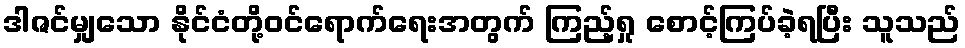
ဒါဇင်မျှသော နိုင်ငံတို့ဝင်ရောက်ရေးအတွက် ကြည့်ရှု စောင့်ကြပ်ခဲ့ရပြီး သူသည်